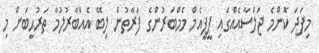
މިފަދަ ކޮންމެ ޖަލްސާއެއްގައި ޕީޕީއެމް މެމްބަރުންގެ ފަރާތުން ލިބޭ އެއްބާރުލުމާ ތަރުޙީބަށް މި